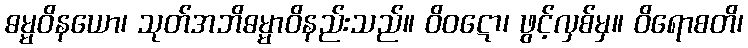
ဓမ္မဝိနယော၊ သုတ်အဘိဓမ္မာဝိနည်းသည်။ ဝိဝဋော၊ ဖွင့်လှစ်မှ။ ဝိရောစတိ၊